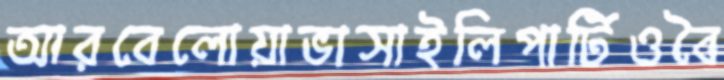
আরবেলোয়াভাসাইলিপার্টিওবৈ